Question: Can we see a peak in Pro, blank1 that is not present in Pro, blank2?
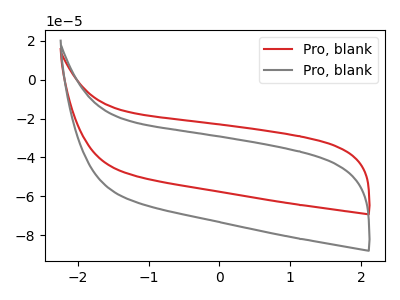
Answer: <think>The red curve "Pro, blank1" has no peaks. The gray curve "Pro, blank2" has no peaks.
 Neither "Pro, blank1" or "Pro, blank2" have any peaks.</think>
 <answer>No, "Pro, blank1" and "Pro, blank2" don't appear to be significantly different in shape</answer>
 <eval>no_change</eval>